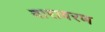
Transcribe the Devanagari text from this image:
वारावरण